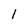
Character: 1